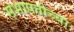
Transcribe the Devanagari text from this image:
सभापतीच्या